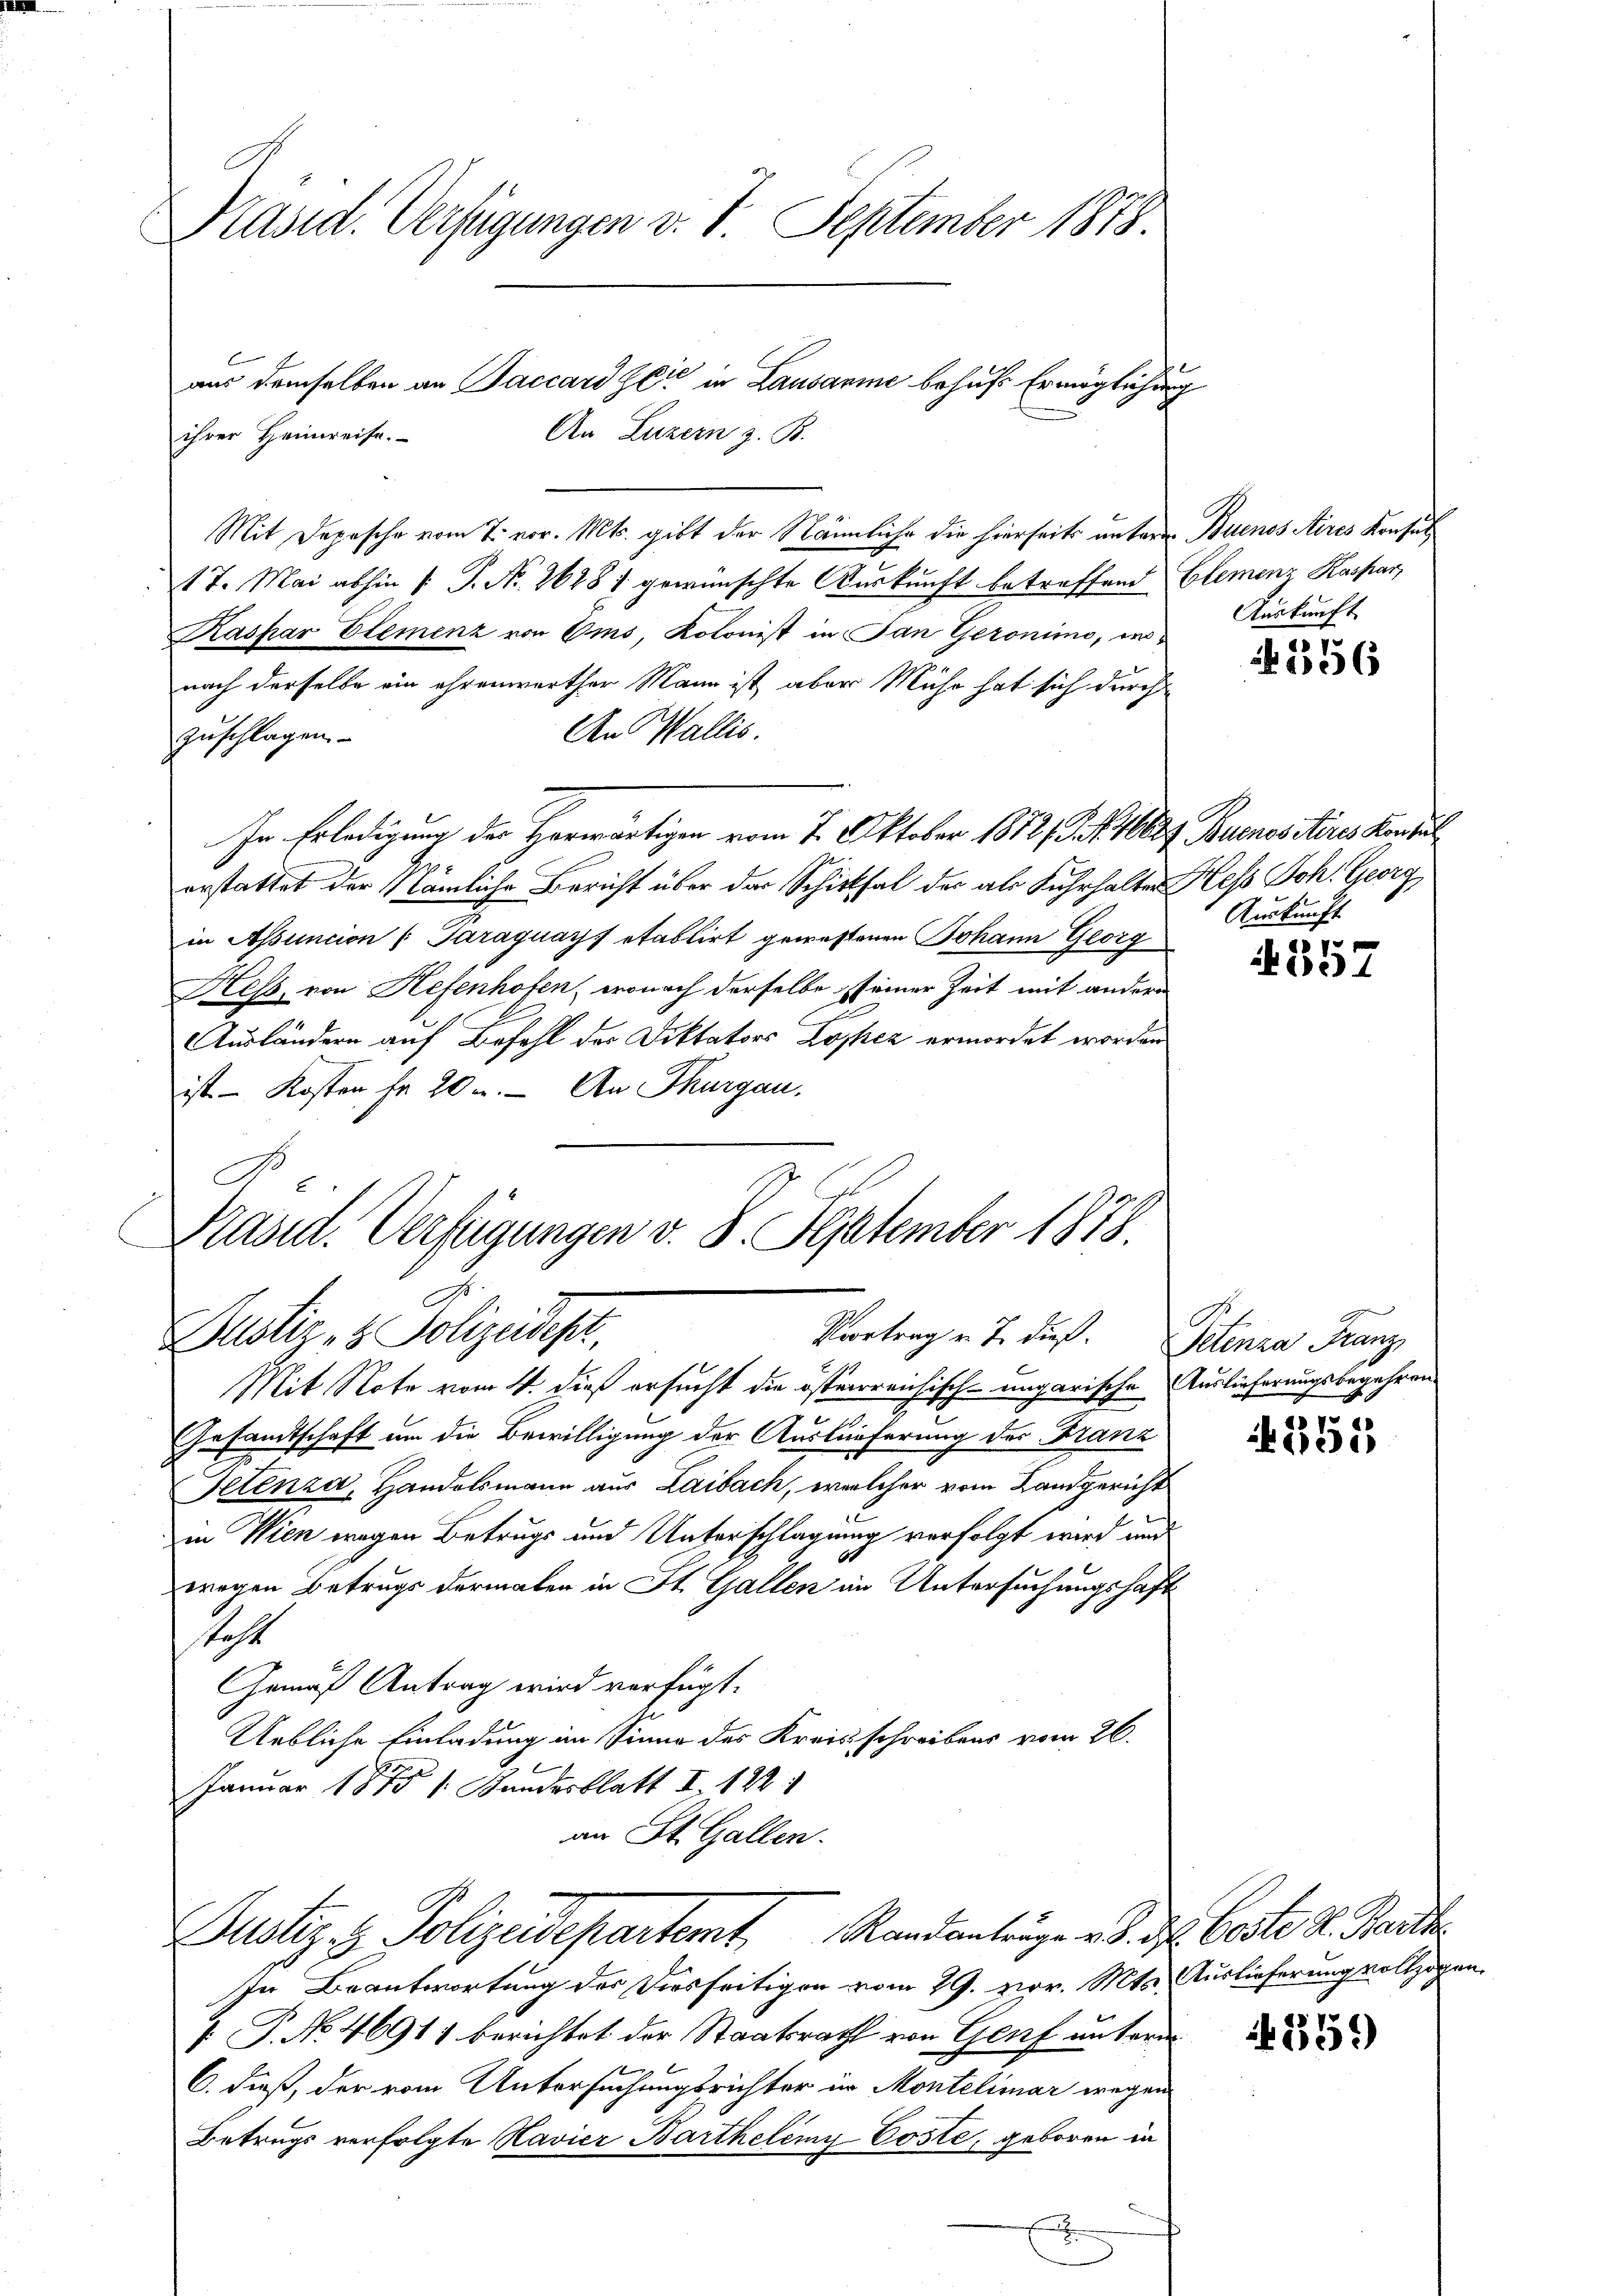
Präsid. Verfügungen v. 7. September 1878.

Mit Depesche vom 7. vor. Mts. gibt der Nännliche die hierseits untern Buenos Aires Konsul
17. Mai abhin /: P. Nr. 2628 / gewünschte Auskunft betreffend Elemenz Kaspar
Kaspar Elemenz von Oms, Kolonist in San Geronimo, innach derselbe ein ehrenworther Mann ist aber Mühe hat sich durch
An Wallis.
zuschlagen.
In Erledigung der Herwärtigen vom 7. Oktober 1872, S. 1000f Buenos Aires Konsul
erstattet der Nämliche Bericht über der Schicksal der als Fuhrhalten Hess Joh. Georg
in Assuncion (Paraguays établirt gewahlenen Johann Georg
Hess, von Hefenhofen, wonach derselbe seiner Zeit mit andern
Ausländern auf Befehl der Diktators Lopher ermordet worden
ist - Kosten fr 20 u. An Thurgau.

aus demselben an Saccard Zeit in Lausamme behufs Ermöglichung
An Luzern z. B.
ihrer Heimreise.

No. 2
Präsid. Verfügungen v. 8. September 1878.
Justiz- & Polizeidest,
Vortrag v. J. dieß. Petenza Franz

Mit Note vom 4. dieß ersucht die österreichisch-ungarische Auslieferungsbegehren
Gesamtschaft um die Bewilligung der Auslieferung des Franz
Fetenza, Handelsmann aus Laibach, welcher vom Landgericht
in Wien wegen Betrugs und Unterschlagung verfolgt wird und
wegen Betrugs dermalen in St. Gallen in Untersuchungshaft
steht
Gemäß Antrag wird verfügt.
Uebliche Einladung im Sinne des Kreisschreibens vom 26.
2
Januar 1875 s. Bundesblatt I 122
an St. Gallen.

Justiz & Polizeidepartemt, Randantrage u. d. d. Oeste v. Staat

In Beantwortung des Diesseitigen vom 29. vor. Mts. Auslieferung vollzogen.
. P. No 4691) berichtet der Staatsrath von Genf untern
2
C. dieß, der vom Untersuchungsrichter in Montelimar wegen
Betrugs verfolgte Navier Barthelémy Coste, geboren in
A

Auskunft

356

Auskunft

.
337

a. 7
keine

1359)